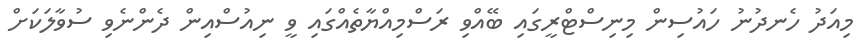
މިއަދު ހެނދުނު ހައުސިން މިނިސްޓްރީގައި ބޭއްވި ރަސްމިއްޔާތެއްގައި ވީ ނިއުސްއިން ދެންނެވި ސުވާލަކަށް